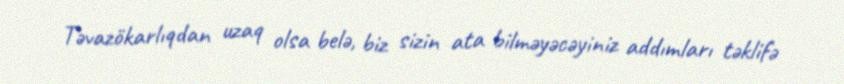
Təvazökarlıqdan uzaq olsa belə, biz sizin ata bilməyəcəyiniz addımları təklifə